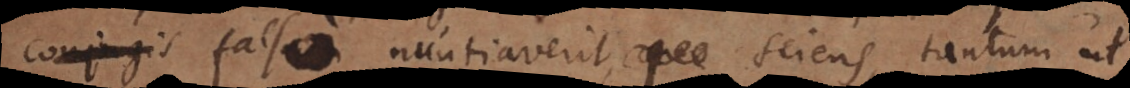
falso nuntiaverit, sciens, tantum u